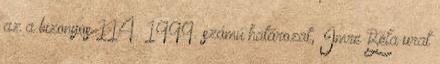
az a bizonyos 114 1999. számú határozat, Imre Béla urat